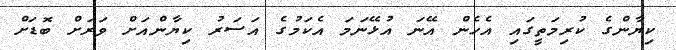
ކިޔާންގެ ކުރިމަތީގައި އެހެން އޭނަ އުޅޭނަމަ އެކަމުގެ އަސަރު ކިޔާންއަށް ވަރަށް ބޮޑަށް